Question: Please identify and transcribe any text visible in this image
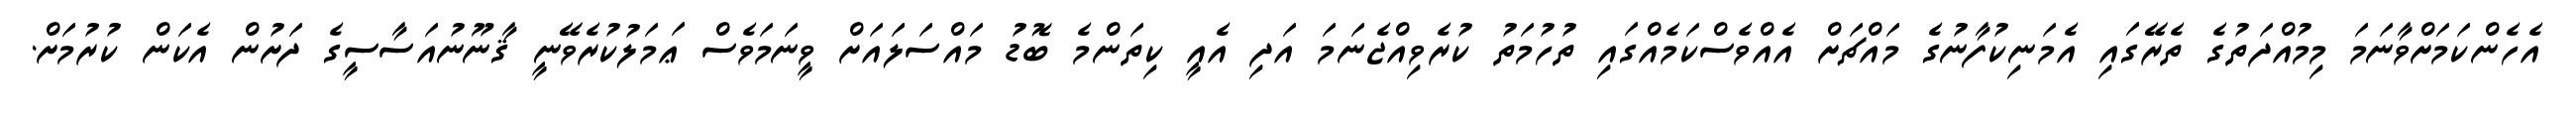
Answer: އެހެންކަމަށްވާނަމަ މިމުއްދަތުގެ ތެރޭގައި އެމަނިކުފާނުގެ މައްޗަށް އެއްވެސްކަމެއްގައި ތުހުމަތު ކުރެވިއްޖެނަމަ އަދި އެއީ ކިތަންމެ ބޮޑު މައްސަލައަށް ވީނަމަވެސް ޢަމަލުކުރެވޭނީ ޤާނޫނުއަސާސީގެ ދަށުން އެކަން ކުރުމަށް.